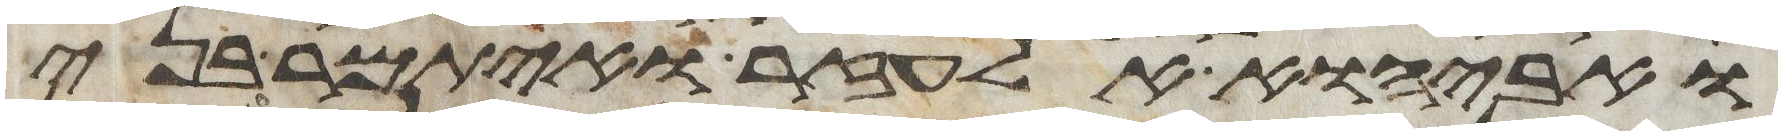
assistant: ואביהוא אלעזר ואיתמר בני